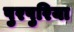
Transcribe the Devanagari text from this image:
पुरपुरिया